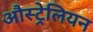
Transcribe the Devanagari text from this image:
औस्ट्रेलियन